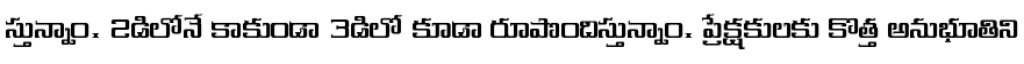
స్తున్నాం. 2డిలోనే కాకుండా 3డిలో కూడా రూపొందిస్తున్నాం. ప్రేక్షకులకు కొత్త అనుభూతిని